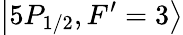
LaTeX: \left\lvert 5P_{1/2},F^{\prime}=3\right\rangle